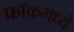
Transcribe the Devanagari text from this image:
फ्रॉकमध्ये